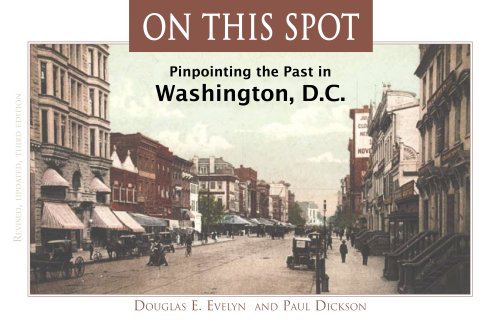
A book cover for On This Spot: Pinpointing the Past in Washington DC (Capital Travels); Paul Dickson; Travel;